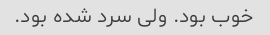
خوب بود. ولی سرد شده بود.